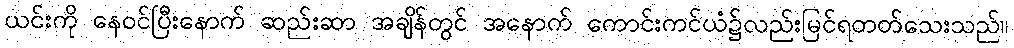
ယင်းကို နေဝင်ပြီးနောက် ဆည်းဆာ အချိန်တွင် အနောက် ကောင်းကင်ယံ၌လည်းမြင်ရတတ်သေးသည်။